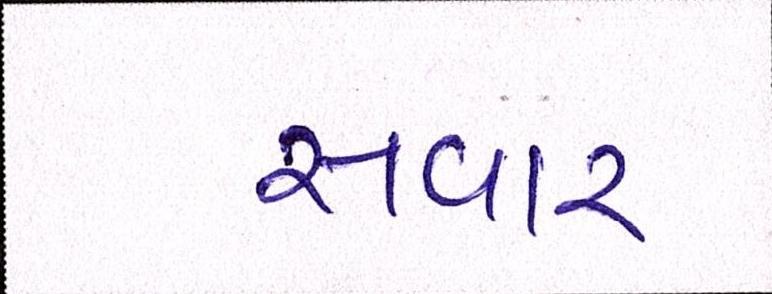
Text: સવાર